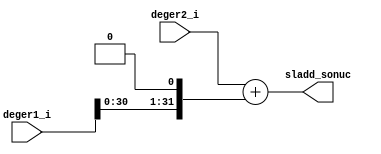
// This program was cloned from: https://github.com/KASIRGA-KIZIL/tekno-kizil
// License: GNU General Public License v3.0

// sladd_unit.v

`timescale 1ns / 1ps

module sladd_unit(
   input [31:0] deger1_i,
   input [31:0] deger2_i,
   output [31:0] sladd_sonuc
);
   assign sladd_sonuc = deger2_i + (deger1_i << 1);
endmodule